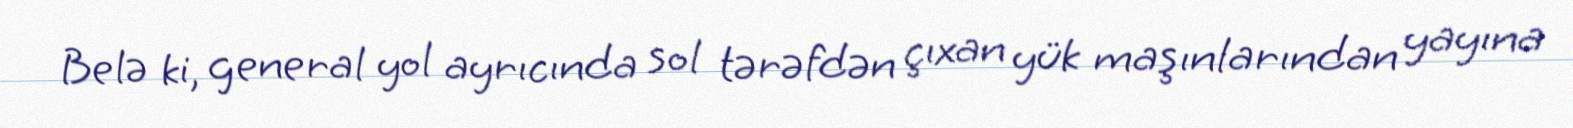
Belə ki, general yol ayrıcında sol tərəfdən çıxan yük maşınlarından yayına